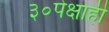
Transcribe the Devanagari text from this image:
३०पेक्षाही